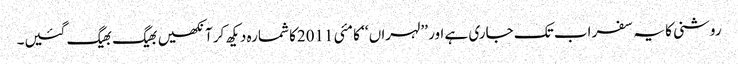
روشنی کا یہ سفر اب تک جاری ہے اور ’’لہراں ‘‘ کا مئی 2011کا شمارہ دیکھ کر آنکھیں بھیگ بھیگ گئیں۔